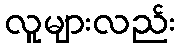
လူများလည်း